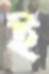
ই